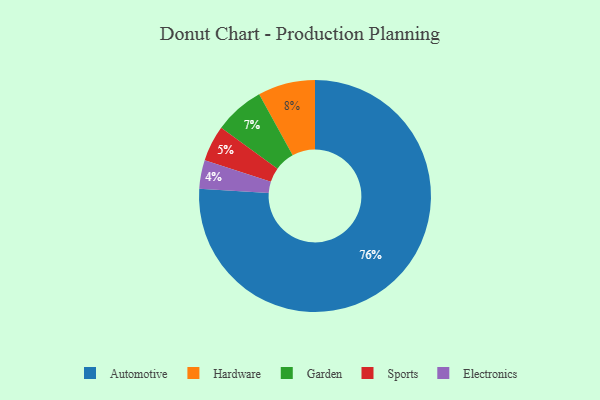
{"axis": {"x": "Category", "y": "Percentage"}, "legend": ["Automotive", "Electronics", "Garden", "Hardware", "Sports"], "data": [{"x": "Automotive", "y": 76, "type": "Automotive"}, {"x": "Electronics", "y": 4, "type": "Electronics"}, {"x": "Garden", "y": 7, "type": "Garden"}, {"x": "Sports", "y": 5, "type": "Sports"}, {"x": "Hardware", "y": 8, "type": "Hardware"}]}